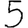
Digit: 5